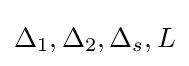
\Delta _{1},\Delta _{2},\Delta _{s},L